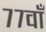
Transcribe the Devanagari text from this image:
७७वाँ